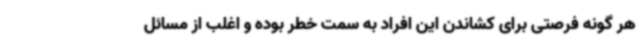
هر گونه فرصتی برای کشاندن این افراد به سمت خطر بوده و اغلب از مسائل